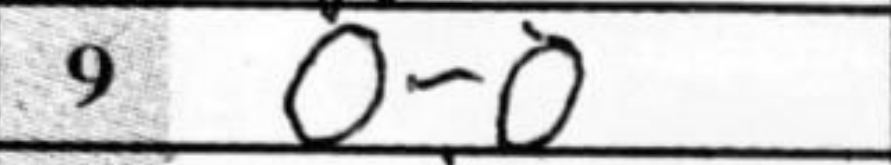
Transcription: O-O